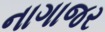
નાગાજર